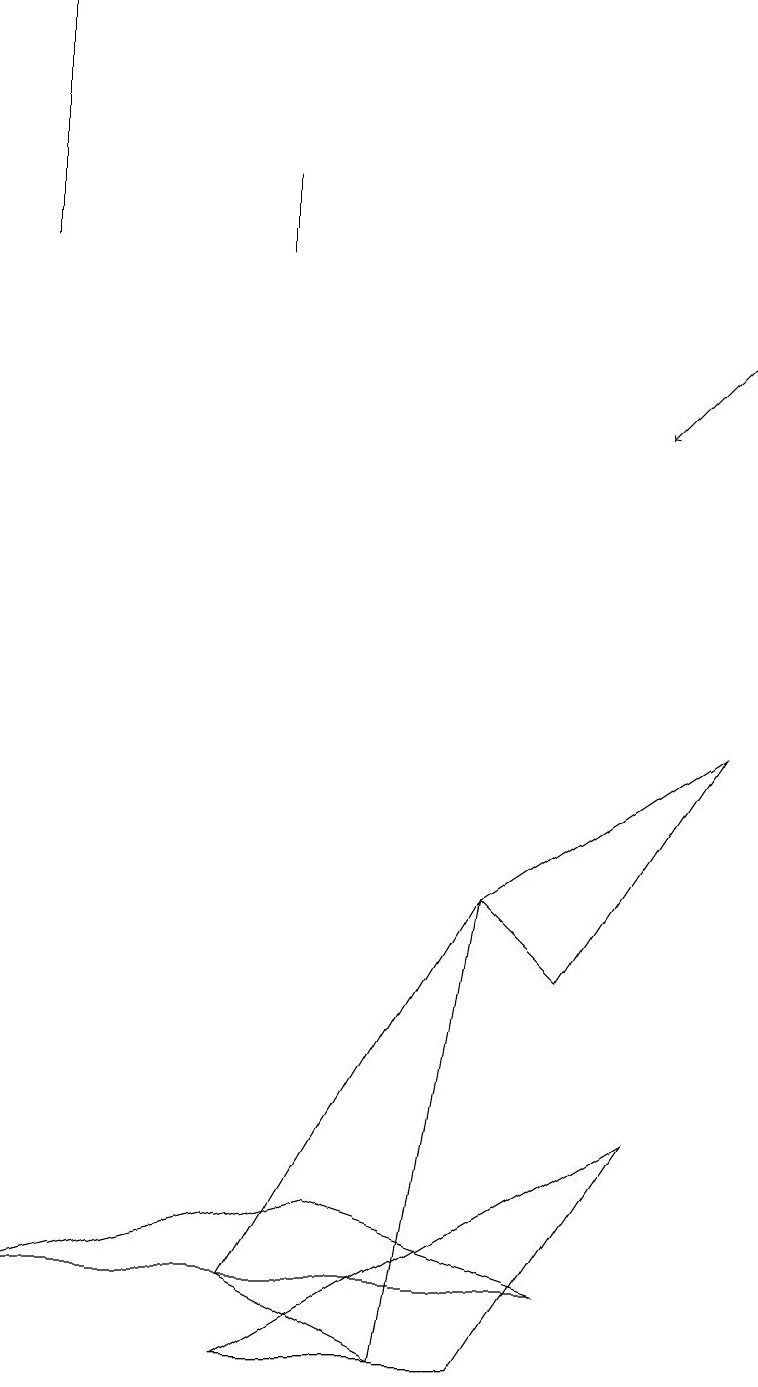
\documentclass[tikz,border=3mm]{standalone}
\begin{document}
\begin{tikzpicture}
\draw (3,15) rectangle (3,16);
\draw (3,1) -- (6,1) -- (8,4) -- cycle;
\draw (3,2) -- (5,1) -- (6,7) -- cycle;
\draw[->] (9,14) -- (8,13);
\draw (6,7) -- (9,9) -- (7,6) -- cycle;
\draw (0,15) rectangle (0,18);
\draw (7,2) -- (0,2) -- (4,3) -- cycle;
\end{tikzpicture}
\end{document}